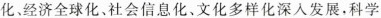
化经济全球化、社会信息化、文化多样化深入发展，科学